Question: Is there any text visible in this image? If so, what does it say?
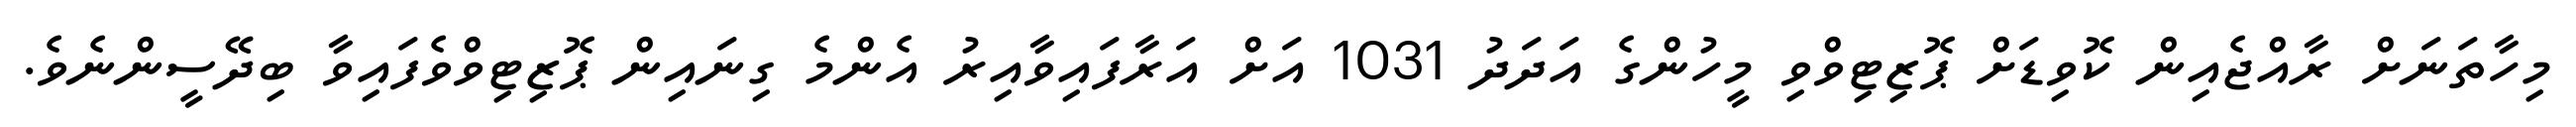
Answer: މިހާތަނަށް ރާއްޖެއިން ކޮވިޑަށް ޕޮޒިޓިވްވި މީހުންގެ އަދަދު 1031 އަށް އަރާފައިވާއިރު އެންމެ ގިނައިން ޕޮޒިޓިވްވެފައިވާ ބިދޭސީންނެވެ.